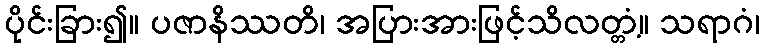
ပိုင်းခြား၍။ ပဇာနိဿတိ၊ အပြားအားဖြင့်သိလတ္တံ့။ သရာဂံ၊